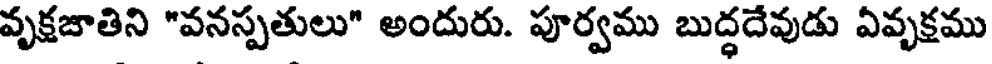
వృక్షజాతిని "వనస్పతులు" అందురు. పూర్వము బుద్ధదేవుడు ఏవృక్షము